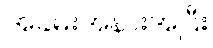
အခမ်းအနားအပြီး